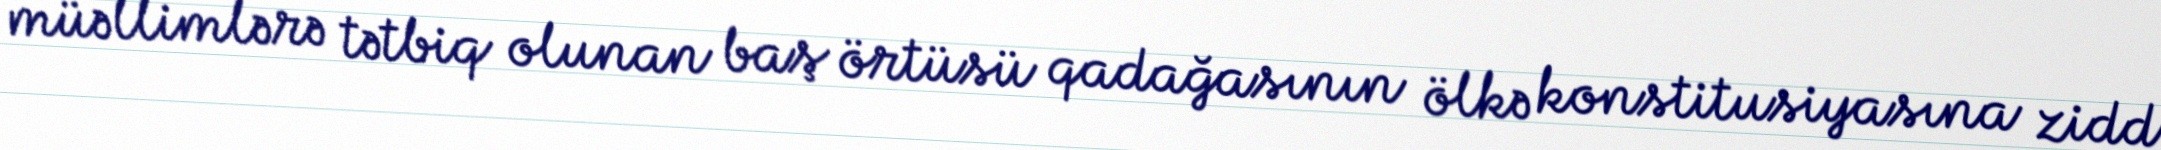
müəllimlərə tətbiq olunan baş örtüsü qadağasının ölkə konstitusiyasına zidd